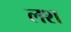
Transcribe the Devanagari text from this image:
लश